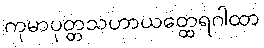
ကုမာပုတ္တသဟာယတ္ထေရဂါထာ